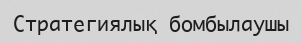
Стратегиялық бомбылаушы